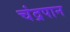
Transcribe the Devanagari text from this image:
चंद्रपान